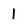
Character: 1